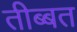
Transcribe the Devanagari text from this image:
तीब्‍बत